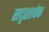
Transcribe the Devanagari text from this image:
सदृशार्थक